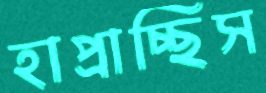
হাপ্‌রাচ্ছিস